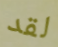
لقد